Annual vaccination report of Bihar and Orissa - 1911-1928
Year: 1911
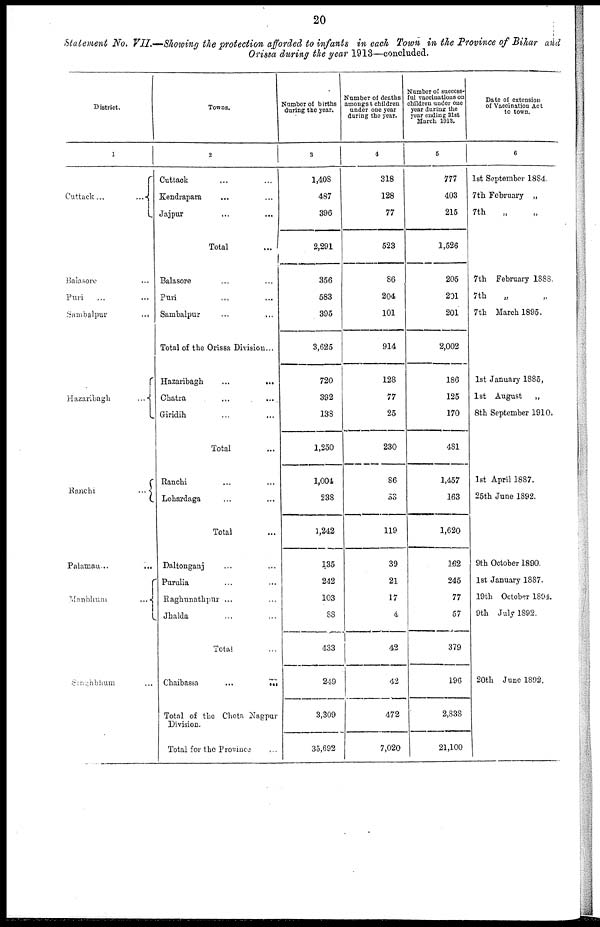
20
Statement No. VII.—Showing the protection afforded to infants in each Town in the Province of Bihar and
Orissa during the year 1913—concluded.
District.
1
Cuttack
...
...
Balasore ...
Puri
... ...
Sambalpur
...
Hazaribagh
...
Ranchi
...
Palamau ...
...
Manbhum
...
Singhbhum ...
Towns.
2
Cuttack ... ...
Kendrapara
... ...
Jaipur ... ...
Total ...
Balasore ... ...
Purl ... ...
Sambalpur ... ...
Total of the Orissa Division ...
Hazaribagh
...
...
Chatra ... ...
Giridih ... ...
Total ...
Ranchi ... ...
Lohardaga ... ...
Total ...
Daltonganj ... ...
Purulia ... ...
Raghunathpur ... ...
Jhalda ... ...
Total ...
Chaibassa
...
...
Total of the Chota Nagpur
Division.
Total for the Province ...
Number of births
during the year.
3
1,408
487
396
2,291
356
583
395
3,625
720
392
138
1,250
1,004
238
1,242
135
242
103
88
433
249
3,309
35,692
Number of deaths
amongst children
under one year
during the year.
4
318
128
77
523
86
204
101
914
128
77
25
230
86
53
119
39
21
17
4
42
42
472
7,020
Number of success-
--- vaccinations on
children under one
year during the
year ending 31st
March 1013.
5
777
403
215
1,526
205
201
201
2,002
186
125
170
481
1,457
163
1,620
162
245
77
57
379
196
2,838
21,100
Date of extension
of Vaccination Act
to town.
6
1st September 1884.
7th February „
7th
„ „
7th February 1888.
7th
„ „
7th March 1895.
1st January 1885.
1st August
„
8th September 1910.
1st April 1887.
25th June 1892.
9th October 1890.
1st January 1887.
19th October 1804.
9th July 1892.
20th June 1892.